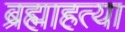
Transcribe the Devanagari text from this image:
ब्रह्माहत्या